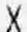
X